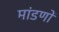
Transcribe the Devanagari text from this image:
मांडणों